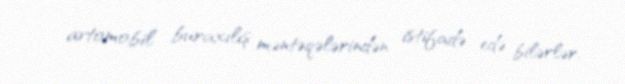
avtomobil buraxılış məntəqələrindən istifadə edə bilərlər.